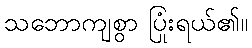
သဘောကျစွာ ပြုံးရယ်၏။